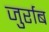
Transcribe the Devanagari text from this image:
जुर्राब